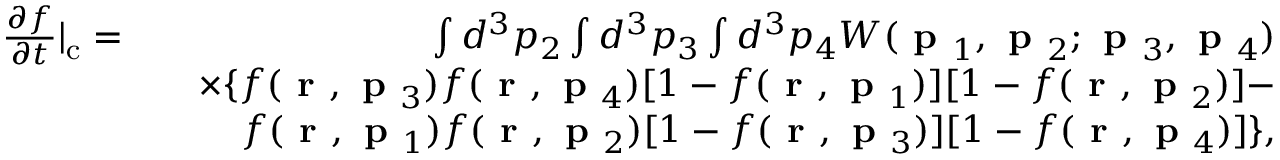
\begin{array} { r l r } { \frac { \partial f } { \partial t } | _ { \mathrm { c } } = } & { } & { \int d ^ { 3 } p _ { 2 } \int d ^ { 3 } p _ { 3 } \int d ^ { 3 } p _ { 4 } W ( \textbf { p } _ { 1 } , \textbf { p } _ { 2 } ; \textbf { p } _ { 3 } , \textbf { p } _ { 4 } ) } \\ & { } & { \times \{ f ( \textbf { r } , \textbf { p } _ { 3 } ) f ( \textbf { r } , \textbf { p } _ { 4 } ) [ 1 - f ( \textbf { r } , \textbf { p } _ { 1 } ) ] [ 1 - f ( \textbf { r } , \textbf { p } _ { 2 } ) ] - } \\ & { } & { f ( \textbf { r } , \textbf { p } _ { 1 } ) f ( \textbf { r } , \textbf { p } _ { 2 } ) [ 1 - f ( \textbf { r } , \textbf { p } _ { 3 } ) ] [ 1 - f ( \textbf { r } , \textbf { p } _ { 4 } ) ] \} , } \end{array}